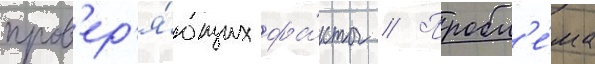
пров'ер'я́ющих фа́кты // Пробл'е́ма